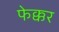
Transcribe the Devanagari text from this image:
फेक्कर